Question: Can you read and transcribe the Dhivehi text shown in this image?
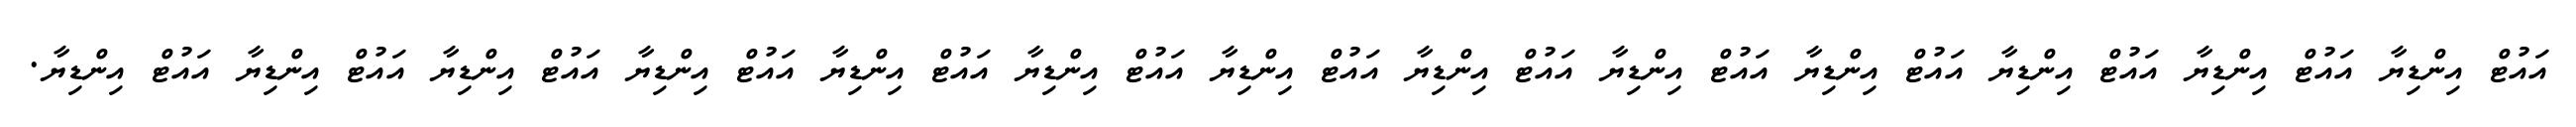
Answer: އައުޓް އިންޑިޔާ އައުޓް އިންޑިޔާ އައުޓް އިންޑިޔާ އައުޓް އިންޑިޔާ އައުޓް އިންޑިޔާ އައުޓް އިންޑިޔާ އައުޓް އިންޑިޔާ އައުޓް އިންޑިޔާ އައުޓް އިންޑިޔާ އައުޓް އިންޑިޔާ އައުޓް އިންޑިޔާ އައުޓް އިންޑިޔާ އައުޓް އިންޑިޔާ.